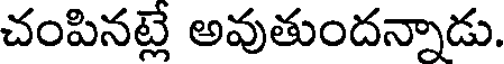
చంపినట్లే అవుతుందన్నాడు.